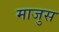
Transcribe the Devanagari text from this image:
माजुस